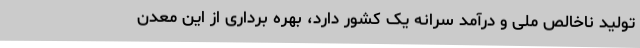
تولید ناخالص ملی و درآمد سرانه یک کشور دارد، بهره برداری از این معدن